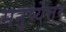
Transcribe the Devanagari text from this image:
मनुष्येत्तर